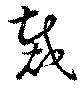
裁